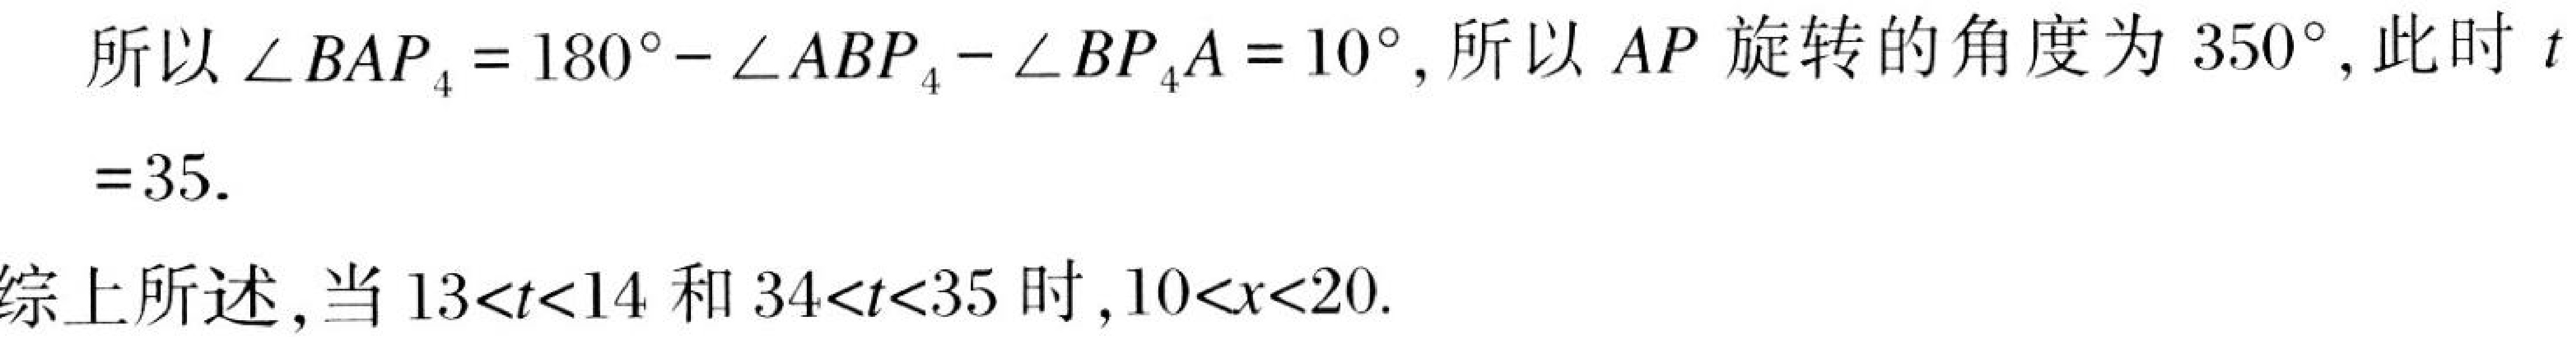
所以 \(\angle BAP_{4}=180^{\circ}-\angle ABP_{4}-\angle BP_{4}A = 10^{\circ}\), 所以 \(AP\) 旋转的角度为 \(350^{\circ}\), 此时 \(t\)
\(=35\).
综上所述, 当 \(13<t<14\) 和 \(34<t<35\) 时, \(10<x<20\).